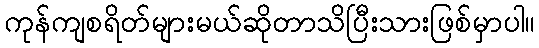
ကုန်ကျစရိတ်များမယ်ဆိုတာသိပြီးသားဖြစ်မှာပါ။